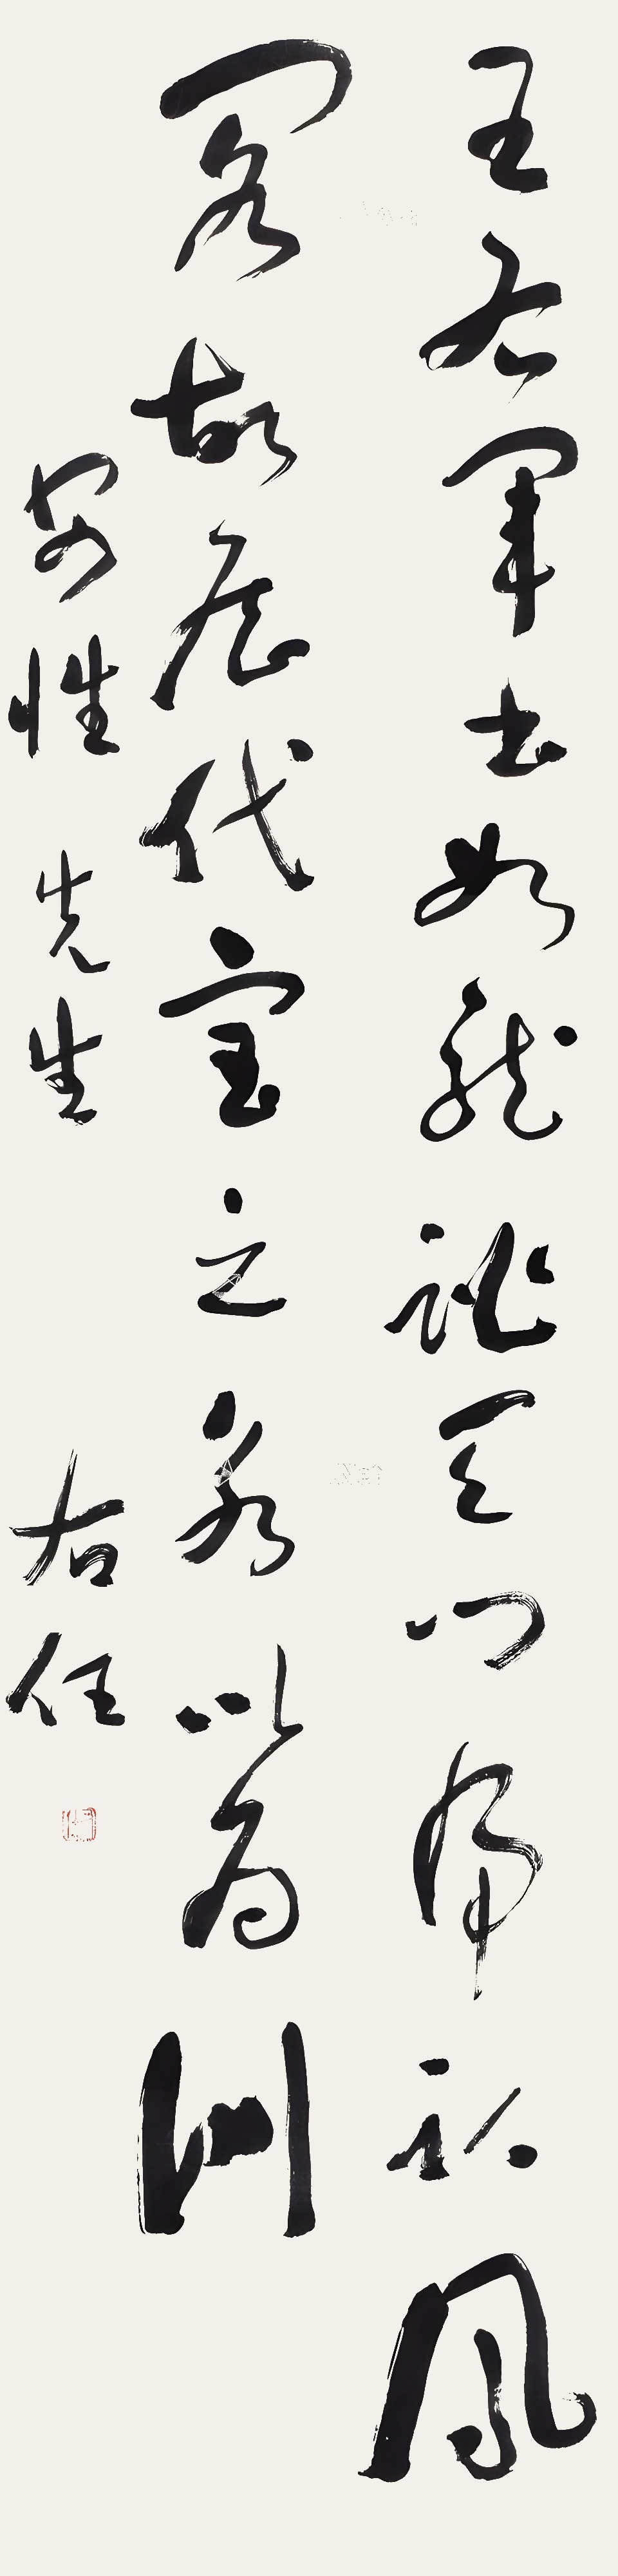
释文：王右军书如龙跳天门，虎卧凤阁，故历代宝之，永以为则。安性先生。右任。